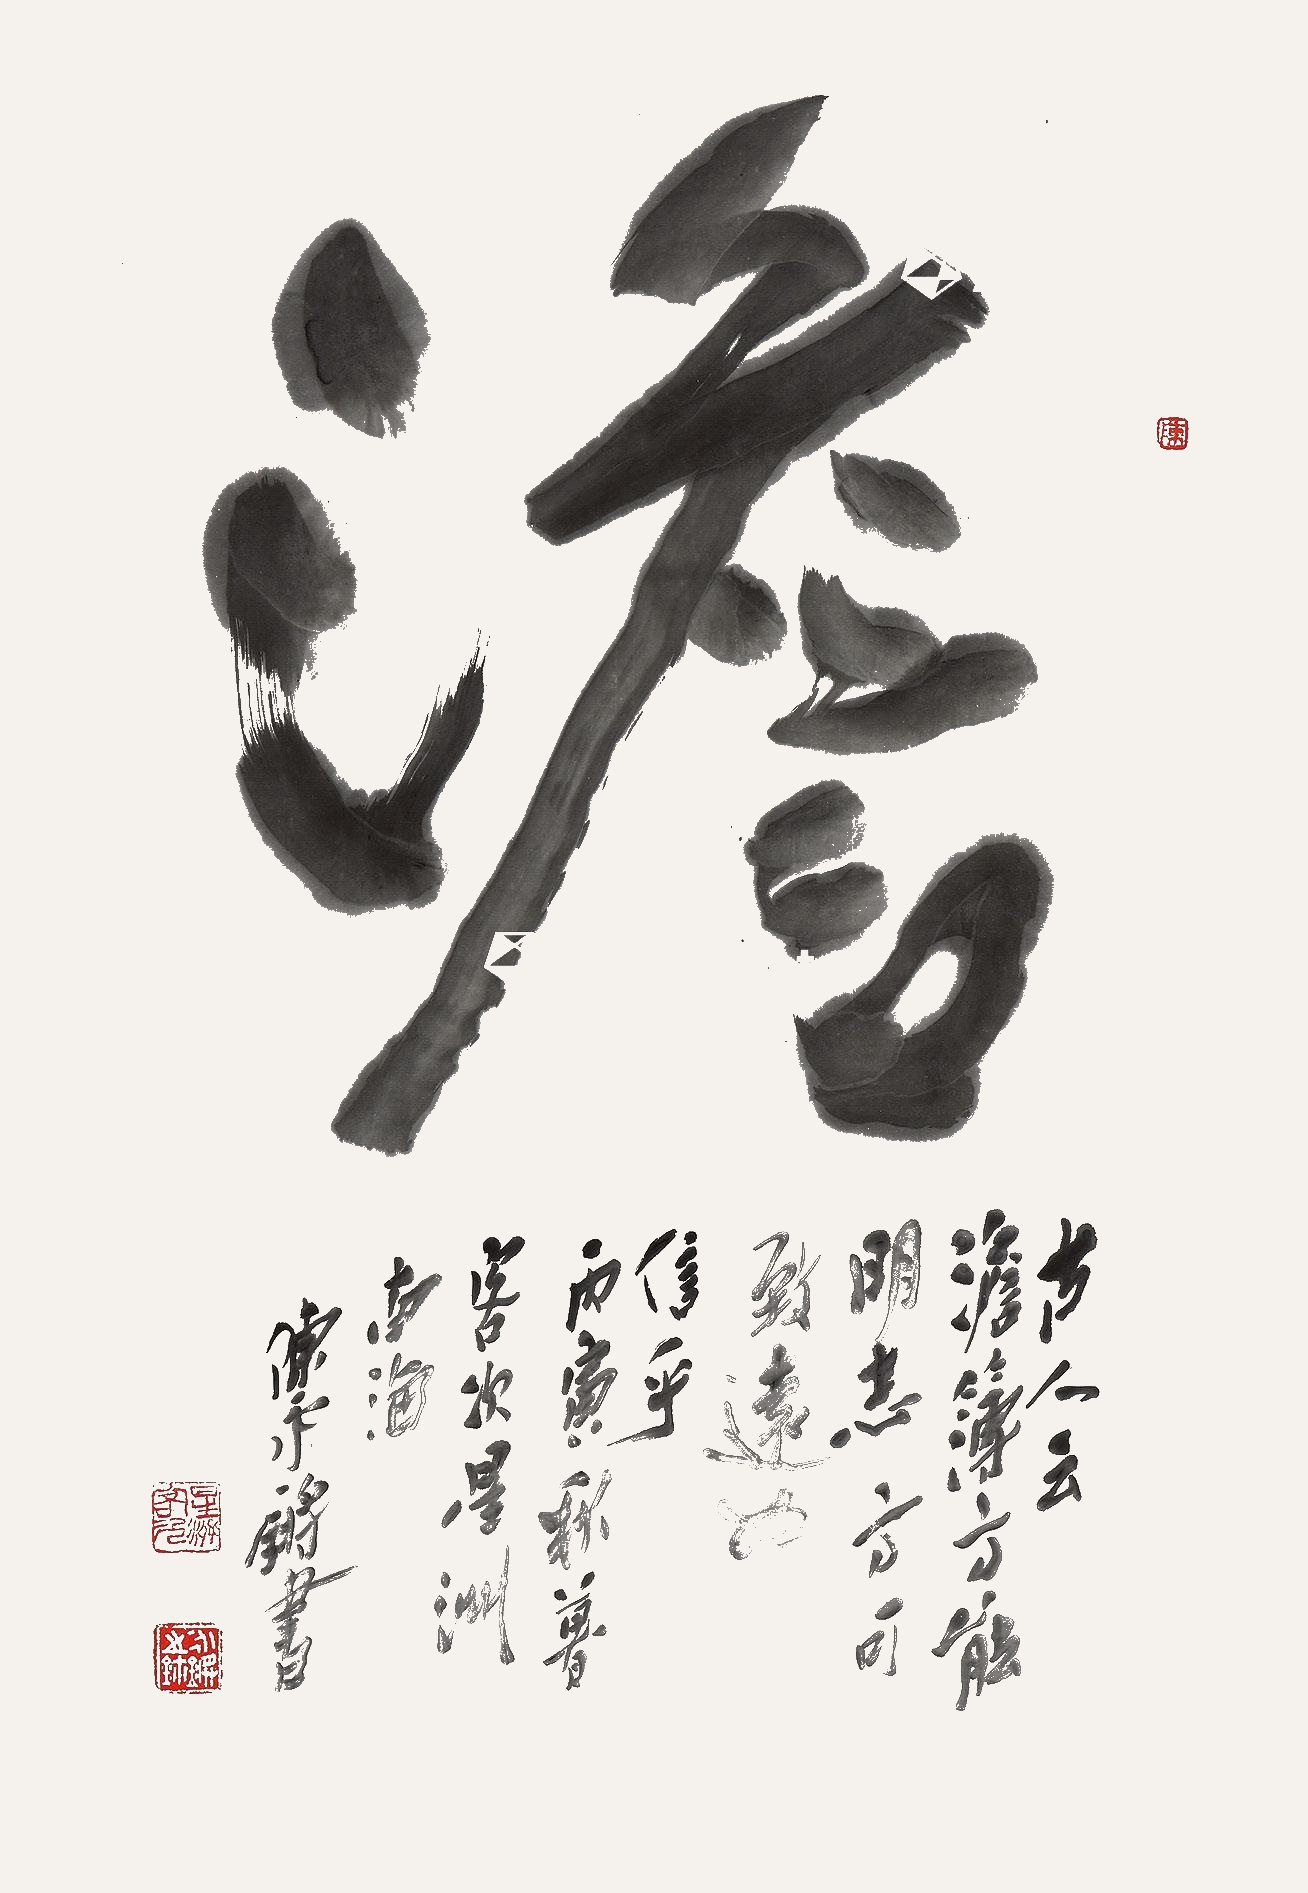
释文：澹。古人云：澹泊（簿）方能明志，方可致远也。信乎。丙寅秋暮客次星洲，南海陈永锵书。